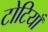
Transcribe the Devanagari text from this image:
टोटियाँ